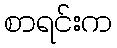
စာရင်းက